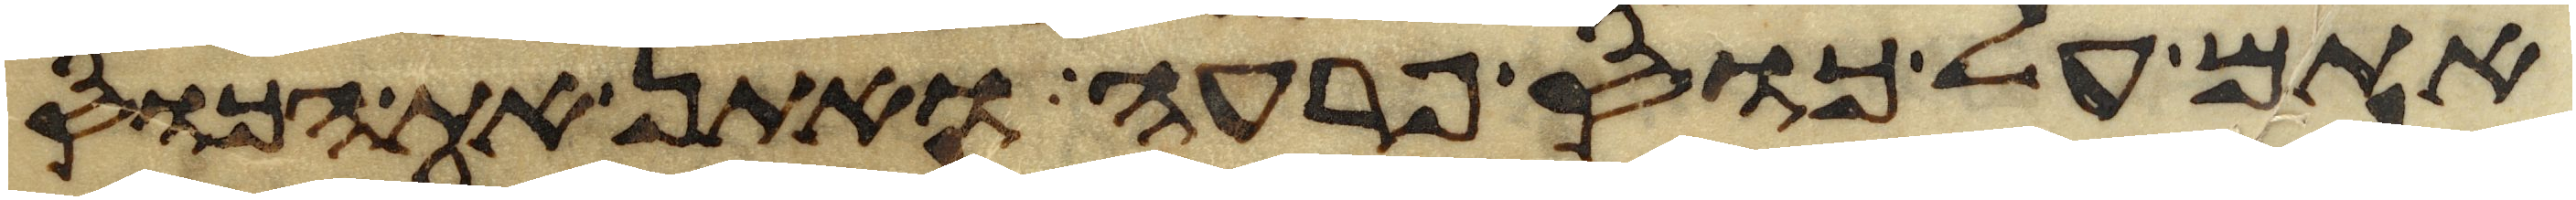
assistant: אתם על כוס פרעה ואתן את הכוס